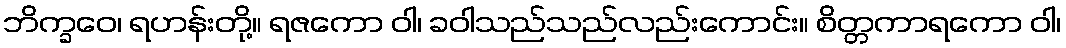
ဘိက္ခဝေ၊ ရဟန်းတို့။ ရဇကော ဝါ၊ ခဝါသည်သည်လည်းကောင်း။ စိတ္တကာရကော ဝါ၊